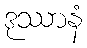
ဒုဿာနံ